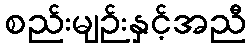
စည်းမျဉ်းနှင့်အညီ